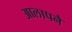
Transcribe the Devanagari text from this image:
आलापनै